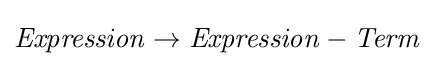
{\mathit {Expression}}\to {\mathit {Expression}}-{\mathit {Term}}